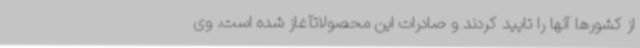
از کشورها آنها را تایید کردند و صادرات این محصولاتآغاز شده است. وی